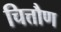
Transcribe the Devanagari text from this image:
चित्तौण